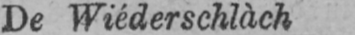
De Wiéderschlàch